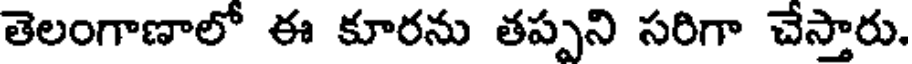
తెలంగాణాలో ఈ కూరను తప్పని సరిగా చేస్తారు.